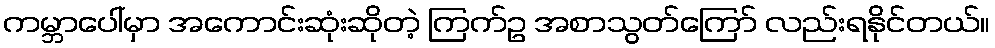
ကမ္ဘာပေါ်မှာ အကောင်းဆုံးဆိုတဲ့ ကြက်ဥ အစာသွတ်ကြော် လည်းရနိုင်တယ်။